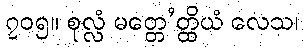
၇၀၅။ စုလ္လံ မတ္တေ’တ္ထိယံ လေသ၊